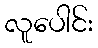
လူပေါင်း